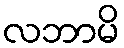
လဘာမိ